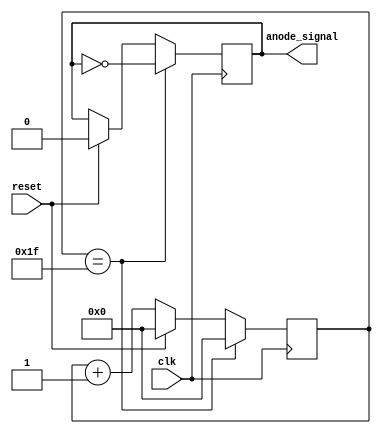
//*************************************************//
//             University of Thessaly              //
//                                                 //
//            ECE 340 Embedded Systems             //
//                                                 //
//                      Lab 1                      //
//       32-bit Floating Point Addition Unit       //
//*************************************************//
//          Topali Konstantina AEM: 2823           //
//                                                 //
// Contact: kyspyridon@uth.gr                      //
//          tokonstantina@uth.gr                   //
//*************************************************//
// Supervising Professor: Dr. Nikolaos Bellas      //
// Laboratory Assistant: Alexandros Patras         //
//*************************************************//

`timescale 1ns/10ps

module anodes_driving (clk, reset, anode_signal);   
  input clk;    
  input reset;
  output anode_signal;

  reg anode_signal;
  reg [4:0] counter;

  parameter limit = 31;


  // Anode_signal generator. Every 320 ns it // 
  // changes it's value to ~anode_signal.    //
  always @(posedge clk)
    begin
      if (reset == 1'b1)
        begin
          counter <= 5'b0;
          anode_signal <= 1'b0;
        end
      else 
        begin
          counter <= counter + 1'b1;
        end 

      if (counter == limit)
        begin
          anode_signal <= ~anode_signal;
          counter <= 5'b0;
        end
    end

endmodule